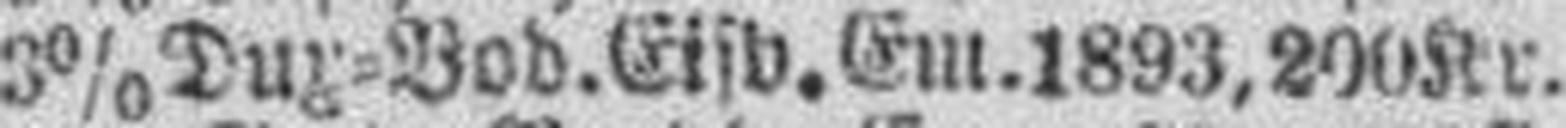
3% Dux=Vod. Eisb. Em. 1893, 200 Kr.